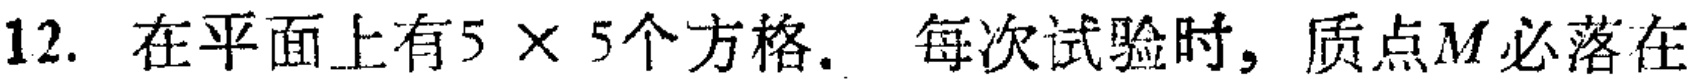
12. 在平面上有$5\times 5$个方格. 每次试验时, 质点$M$必落在